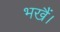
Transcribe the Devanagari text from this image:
भखैं।